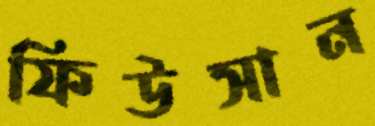
ফিউসান